Indian Civil Veterinary Department memoirs
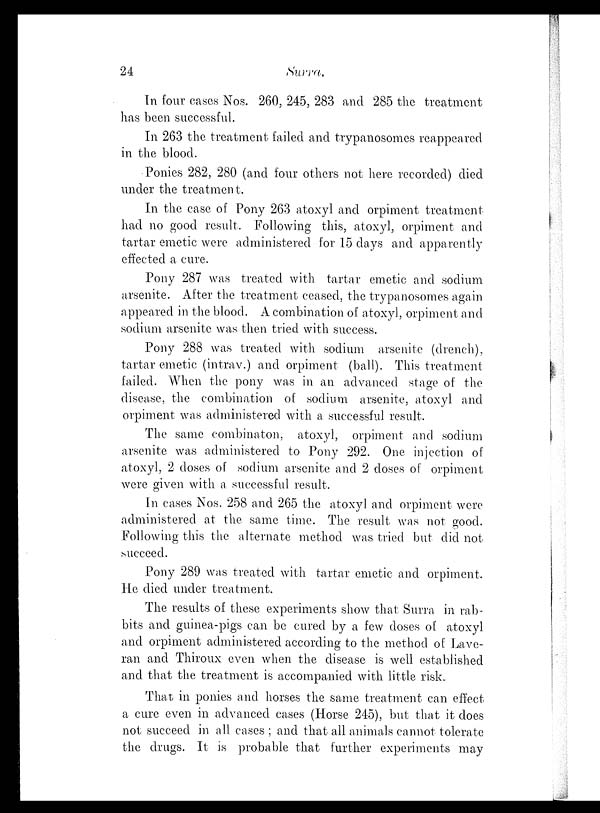
24
Surra.
In four cases Nos. 260, 245, 283 and 285 the treatment
has been successful.
In 263 the treatment failed and trypanosomes reappeared
in the blood.
Ponies 282, 280 (and four others not here recorded) died
under the treatment.
In the case of Pony 263 atoxyl and orpiment treatment
had no good result. Following this, atoxyl, orpiment and
tartar emetic were administered for 15 days and apparently
effected a cure.
Pony 287 was treated with tartar emetic and sodium
arsenite. After the treatment ceased, the trypanosomes again
appeared in the blood. A combination of atoxyl, orpiment and
sodium arsenite was then tried with success.
Pony 288 was treated with sodium arsenite (drench),
tartar emetic (intrav.) and orpiment (ball). This treatment
failed. When the pony was in an advanced stage of the
disease, the combination of sodium arsenite, atoxyl and
orpiment was administered with a successful result.
The same combinaton, atoxyl, orpiment and sodium
arsenite was administered to Pony 292. One injection of
atoxyl, 2 doses of sodium arsenite and 2 doses of orpiment
were given with a successful result.
In cases Nos. 258 and 265 the atoxyl and orpiment were
administered at the same time. The result was not good.
Following this the alternate method was tried but did not
succeed.
Pony 289 was treated with tartar emetic and orpiment.
He died under treatment.
The results of these experiments show that Surra in rab-
bits and guinea-pigs can be cured by a few doses of atoxyl
and orpiment administered according to the method of Lave-
ran and Thiroux even when the disease is well established
and that the treatment is accompanied with little risk.
That in ponies and horses the same treatment can effect
a cure even in advanced cases (Horse 245), but that it does
not succeed in all cases ; and that all animals cannot tolerate
the drugs. It is probable that further experiments may